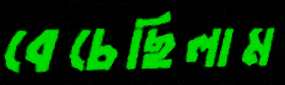
বেচেছিলাম